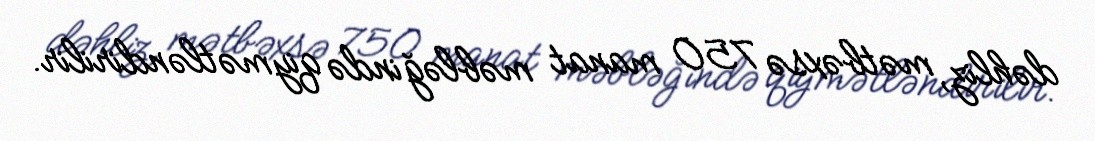
dəhliz, mətbəxsə 750 manat məbləğində qiymətləndirilir.